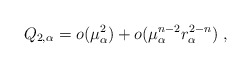
\begin{align*}Q_{2,\alpha}=o(\mu_\alpha^2)+o(\mu_\alpha^{n-2}r_\alpha^{2-n})~,\end{align*}